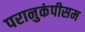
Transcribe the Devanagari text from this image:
परानुकंपीसम